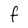
Character: F